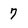
Character: 7